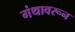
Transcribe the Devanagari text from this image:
गंथावरून